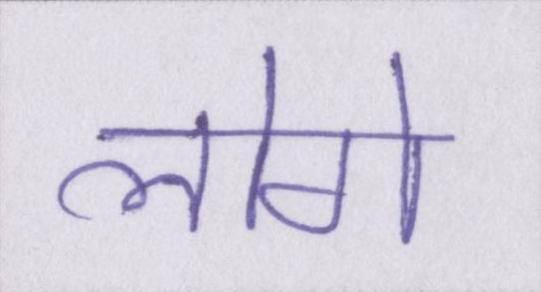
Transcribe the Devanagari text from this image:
लोगे